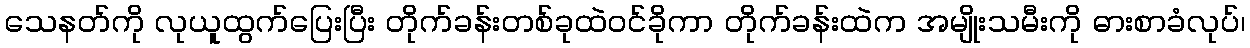
သေနတ်ကို လုယူထွက်ပြေးပြီး တိုက်ခန်းတစ်ခုထဲဝင်ခိုကာ တိုက်ခန်းထဲက အမျိုးသမီးကို ဓားစာခံလုပ်၊